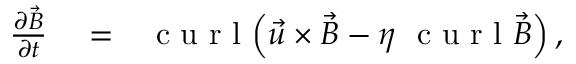
\begin{array} { r l r } { \frac { \partial \vec { B } } { \partial t } } & { { } = } & { { \textrm { c u r l } } \Big ( \vec { u } \times \vec { B } - \eta \ { \textrm { c u r l } } \vec { B } \Big ) \, , } \end{array}